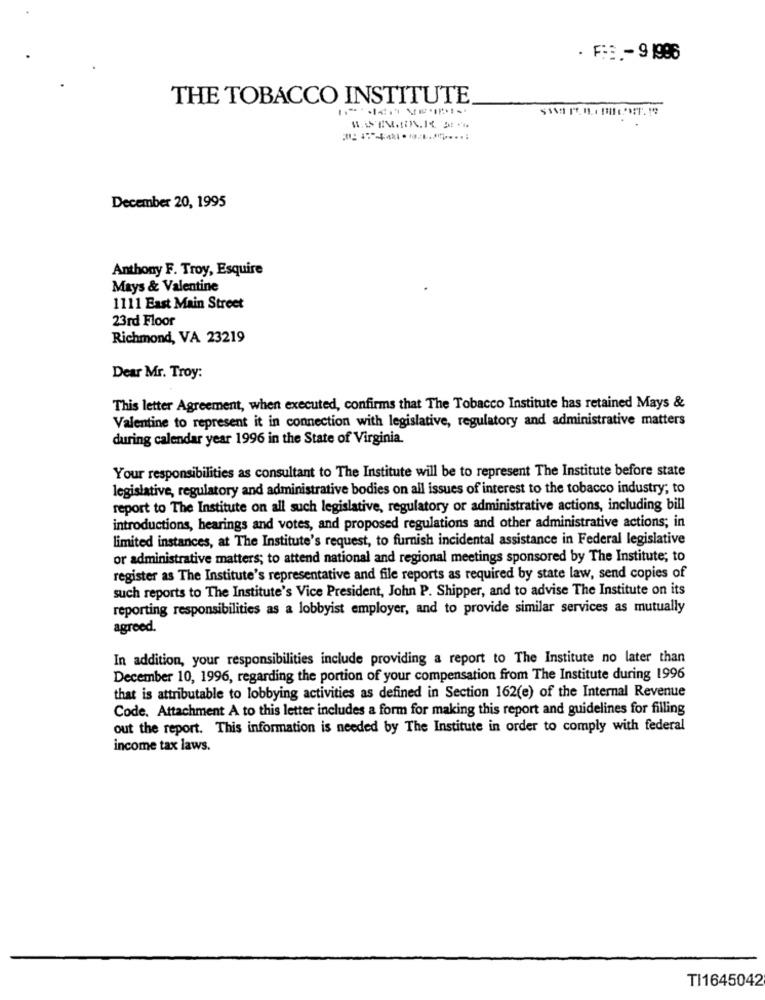
. F:S .- 9 1986
THE TOBACCO INSTITUTE
December 20, 1995
Anthony F. Troy, Esquire
Mays & Valentine
1111 East Main Street
23rd Floor
Richmond, VA 23219
Dear Mr. Troy:
This letter Agreement, when executed, confirms that The Tobacco Institute has retained Mays &
Valentine to represent it in connection with legislative, regulatory and administrative matters
during calendar year 1996 in the State of Virginia.
Your responsibilities as consultant to The Institute will be to represent The Institute before state
legislative, regulatory and administrative bodies on all issues of interest to the tobacco industry; to
report to The Institute on all such legislative, regulatory or administrative actions, including bill
introductions, hearings and votes, and proposed regulations and other administrative actions; in
limited instances, at The Institute's request, to furnish incidental assistance in Federal legislative
or administrative matters; to attend national and regional meetings sponsored by The Institute; to
register as The Institute's representative and file reports as required by state law, send copies of
such reports to The Institute's Vice President, John P. Shipper, and to advise The Institute on its
reporting responsibilities as a lobbyist employer, and to provide similar services as mutually
agreed.
In addition, your responsibilities include providing a report to The Institute no later than
December 10, 1996, regarding the portion of your compensation from The Institute during 1996
that is attributable to lobbying activities as defined in Section 162(e) of the Internal Revenue
Code. Attachment A to this letter includes a form for making this report and guidelines for filling
out the report. This information is needed by The Institute in order to comply with federal
income tax laws.
TI1645042